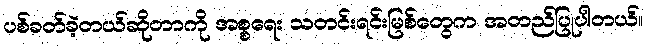
ပစ်ခတ်ခဲ့တယ်ဆိုတာကို အစ္စရေး သတင်းရင်းမြစ်တွေက အတည်ပြုပါတယ်။